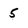
Character: 5